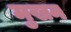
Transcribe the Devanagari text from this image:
मुखन